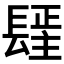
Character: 𰿓